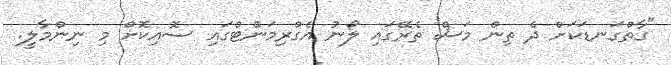
"ގާތްގަނޑަކަށް ދެ ތިން މަސް ތެރޭގައި ލޯނު އެގްރިމަންޓްގައި ސޮއިކޮށް މި ނިންމާލީ.